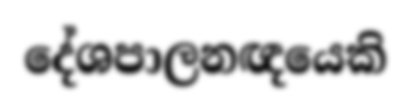
දේශපාලනඥයෙකි